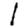
Digit: 1